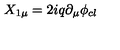
X _ { 1 \mu } = 2 i q \partial _ { \mu } \phi _ { c l } \,